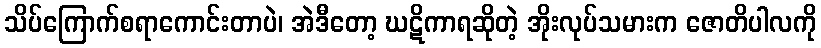
သိပ်ကြောက်စရာကောင်းတာပဲ၊ အဲဒီတော့ ဃဋိကာရဆိုတဲ့ အိုးလုပ်သမားက ဇောတိပါလကို